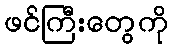
ဖင်ကြီးတွေကို